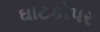
ઘાટકોપર